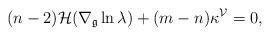
LaTeX: \begin{align*}(n-2)\mathcal{H}(\nabla_{\mathfrak{g}}\ln\lambda)+(m-n)\kappa^{\mathcal{V}}=0,\end{align*}